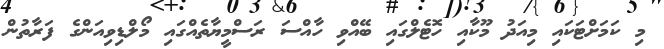
މި ކަަމަށްޓަކައި މިއަދު މޫކާއި ހޮޓެލްގައި ބޭއްވި ހާއްސަ ރަސްމީޔާތެއްގައި މޯލްޑިވިއަންގެ ފަރާތުން